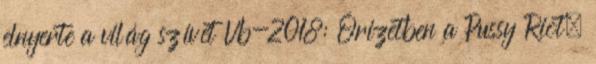
elnyerte a világ szívét Vb-2018: Őrizetben a Pussy Riot,